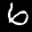
Label: 6